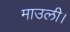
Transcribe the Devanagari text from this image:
माउली।